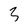
Character: 3